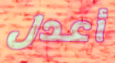
أعدل